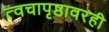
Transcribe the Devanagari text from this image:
त्वचापृष्ठावरही